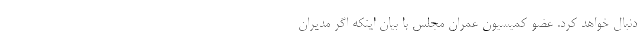
دنبال خواهد کرد. عضو کمیسیون عمران مجلس با بیان اینکه اگر مدیران